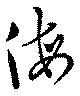
侮